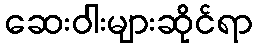
ဆေးဝါးများဆိုင်ရာ